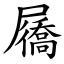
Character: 屩